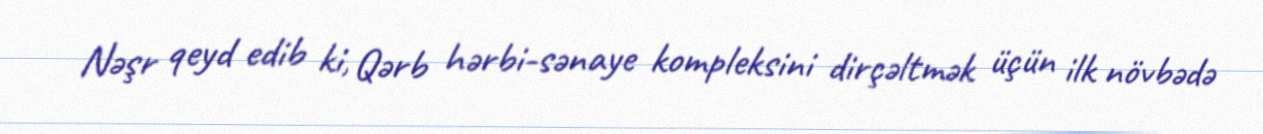
Nəşr qeyd edib ki, Qərb hərbi-sənaye kompleksini dirçəltmək üçün ilk növbədə